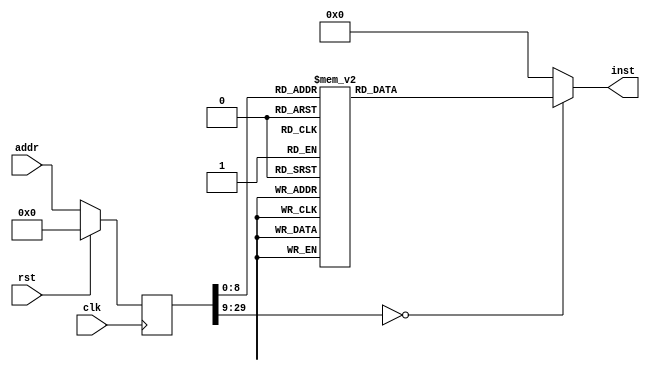
module asmtest(input clk, input rst, input [29:0] addr, output reg [31:0] inst);
reg [29:0] addr_r;
always @(posedge clk)
begin
addr_r <= (rst) ? (30'b0) : (addr);
end
always @(*)
begin
case(addr_r)
30'h00000000: inst = 32'h24170000;
30'h00000001: inst = 32'h3c168000;
30'h00000002: inst = 32'h3c158000;
30'h00000003: inst = 32'h36b50004;
30'h00000004: inst = 32'h3c148000;
30'h00000005: inst = 32'h36940008;
30'h00000006: inst = 32'h3c138000;
30'h00000007: inst = 32'h3673000c;
30'h00000008: inst = 32'h3c118000;
30'h00000009: inst = 32'h36310008;
30'h0000000a: inst = 32'h3c121000;
30'h0000000b: inst = 32'h3652100f;
30'h0000000c: inst = 32'h24170000;
30'h0000000d: inst = 32'h3c021234;
30'h0000000e: inst = 32'h34425678;
30'h0000000f: inst = 32'hafa200b8;
30'h00000010: inst = 32'hafa200bc;
30'h00000011: inst = 32'h8fa400b8;
30'h00000012: inst = 32'h00000000;
30'h00000013: inst = 32'h144400aa;
30'h00000014: inst = 32'h00000000;
30'h00000015: inst = 32'h00000000;
30'h00000016: inst = 32'h2408ffff;
30'h00000017: inst = 32'h05000004;
30'h00000018: inst = 32'h00000000;
30'h00000019: inst = 32'h080000be;
30'h0000001a: inst = 32'h00000000;
30'h0000001b: inst = 32'h00000000;
30'h0000001c: inst = 32'h19000004;
30'h0000001d: inst = 32'h00000000;
30'h0000001e: inst = 32'h080000be;
30'h0000001f: inst = 32'h00000000;
30'h00000020: inst = 32'h00000000;
30'h00000021: inst = 32'h24080001;
30'h00000022: inst = 32'h1900009b;
30'h00000023: inst = 32'h00000000;
30'h00000024: inst = 32'h1d000004;
30'h00000025: inst = 32'h00000000;
30'h00000026: inst = 32'h080000be;
30'h00000027: inst = 32'h00000000;
30'h00000028: inst = 32'h00000000;
30'h00000029: inst = 32'h1c000094;
30'h0000002a: inst = 32'h00000000;
30'h0000002b: inst = 32'h04000092;
30'h0000002c: inst = 32'h00000000;
30'h0000002d: inst = 32'h04010004;
30'h0000002e: inst = 32'h00000000;
30'h0000002f: inst = 32'h080000be;
30'h00000030: inst = 32'h00000000;
30'h00000031: inst = 32'h00000000;
30'h00000032: inst = 32'h2408ffff;
30'h00000033: inst = 32'h0501008a;
30'h00000034: inst = 32'h00000000;
30'h00000035: inst = 32'h00000000;
30'h00000036: inst = 32'h26f70001;
30'h00000037: inst = 32'h3c101234;
30'h00000038: inst = 32'h36105678;
30'h00000039: inst = 32'h3c081234;
30'h0000003a: inst = 32'h35085678;
30'h0000003b: inst = 32'h15100082;
30'h0000003c: inst = 32'h00000000;
30'h0000003d: inst = 32'h00000000;
30'h0000003e: inst = 32'h26f70001;
30'h0000003f: inst = 32'h24100078;
30'h00000040: inst = 32'h3c081234;
30'h00000041: inst = 32'h35085678;
30'h00000042: inst = 32'ha6480000;
30'h00000043: inst = 32'h00000000;
30'h00000044: inst = 32'h92480000;
30'h00000045: inst = 32'h00000000;
30'h00000046: inst = 32'h15100077;
30'h00000047: inst = 32'h00000000;
30'h00000048: inst = 32'h00000000;
30'h00000049: inst = 32'h26f70001;
30'h0000004a: inst = 32'h24105678;
30'h0000004b: inst = 32'h3c081234;
30'h0000004c: inst = 32'h35085678;
30'h0000004d: inst = 32'ha6480000;
30'h0000004e: inst = 32'h00000000;
30'h0000004f: inst = 32'h96480000;
30'h00000050: inst = 32'h00000000;
30'h00000051: inst = 32'h1510006c;
30'h00000052: inst = 32'h00000000;
30'h00000053: inst = 32'h00000000;
30'h00000054: inst = 32'h26f70001;
30'h00000055: inst = 32'h24105678;
30'h00000056: inst = 32'h3c081234;
30'h00000057: inst = 32'h35085678;
30'h00000058: inst = 32'ha6480000;
30'h00000059: inst = 32'h00000000;
30'h0000005a: inst = 32'h8e480000;
30'h0000005b: inst = 32'h00000000;
30'h0000005c: inst = 32'h15100061;
30'h0000005d: inst = 32'h00000000;
30'h0000005e: inst = 32'h00000000;
30'h0000005f: inst = 32'h26f70001;
30'h00000060: inst = 32'h24100001;
30'h00000061: inst = 32'h24080002;
30'h00000062: inst = 32'h2d08ffff;
30'h00000063: inst = 32'h1510005a;
30'h00000064: inst = 32'h00000000;
30'h00000065: inst = 32'h00000000;
30'h00000066: inst = 32'h26f70001;
30'h00000067: inst = 32'h3410edcb;
30'h00000068: inst = 32'h24081234;
30'h00000069: inst = 32'h3908ffff;
30'h0000006a: inst = 32'h15100053;
30'h0000006b: inst = 32'h00000000;
30'h0000006c: inst = 32'h00000000;
30'h0000006d: inst = 32'h26f70001;
30'h0000006e: inst = 32'h3c102345;
30'h0000006f: inst = 32'h36106780;
30'h00000070: inst = 32'h3c081234;
30'h00000071: inst = 32'h35085678;
30'h00000072: inst = 32'h00084100;
30'h00000073: inst = 32'h1510004a;
30'h00000074: inst = 32'h00000000;
30'h00000075: inst = 32'h00000000;
30'h00000076: inst = 32'h26f70001;
30'h00000077: inst = 32'h3c100123;
30'h00000078: inst = 32'h36104567;
30'h00000079: inst = 32'h3c081234;
30'h0000007a: inst = 32'h35085678;
30'h0000007b: inst = 32'h24090004;
30'h0000007c: inst = 32'h01284006;
30'h0000007d: inst = 32'h15100040;
30'h0000007e: inst = 32'h00000000;
30'h0000007f: inst = 32'h24100020;
30'h00000080: inst = 32'h24080020;
30'h00000081: inst = 32'h1510003c;
30'h00000082: inst = 32'h26f70009;
30'h00000083: inst = 32'h24100050;
30'h00000084: inst = 32'h24080000;
30'h00000085: inst = 32'h00000000;
30'h00000086: inst = 32'h01104021;
30'h00000087: inst = 32'h15100036;
30'h00000088: inst = 32'h2417000a;
30'h00000089: inst = 32'h24100030;
30'h0000008a: inst = 32'h24090050;
30'h0000008b: inst = 32'h24080020;
30'h0000008c: inst = 32'h00000000;
30'h0000008d: inst = 32'h01284023;
30'h0000008e: inst = 32'h1510002f;
30'h0000008f: inst = 32'h2417000b;
30'h00000090: inst = 32'h24100001;
30'h00000091: inst = 32'h24080001;
30'h00000092: inst = 32'h00000000;
30'h00000093: inst = 32'h24090001;
30'h00000094: inst = 32'h00000000;
30'h00000095: inst = 32'h01284024;
30'h00000096: inst = 32'h15100027;
30'h00000097: inst = 32'h2417000c;
30'h00000098: inst = 32'h24080000;
30'h00000099: inst = 32'h00000000;
30'h0000009a: inst = 32'h24091010;
30'h0000009b: inst = 32'h00000000;
30'h0000009c: inst = 32'h01284024;
30'h0000009d: inst = 32'h15000020;
30'h0000009e: inst = 32'h2417000d;
30'h0000009f: inst = 32'h24101111;
30'h000000a0: inst = 32'h24080000;
30'h000000a1: inst = 32'h00000000;
30'h000000a2: inst = 32'h24091111;
30'h000000a3: inst = 32'h00000000;
30'h000000a4: inst = 32'h01094025;
30'h000000a5: inst = 32'h15100018;
30'h000000a6: inst = 32'h2417000e;
30'h000000a7: inst = 32'h24080000;
30'h000000a8: inst = 32'h24090000;
30'h000000a9: inst = 32'h00000000;
30'h000000aa: inst = 32'h01094025;
30'h000000ab: inst = 32'h15000012;
30'h000000ac: inst = 32'h2417000f;
30'h000000ad: inst = 32'h24170010;
30'h000000ae: inst = 32'h24100001;
30'h000000af: inst = 32'h24080001;
30'h000000b0: inst = 32'h24090000;
30'h000000b1: inst = 32'h01284026;
30'h000000b2: inst = 32'h1510000b;
30'h000000b3: inst = 32'h00000000;
30'h000000b4: inst = 32'h24100001;
30'h000000b5: inst = 32'h24170015;
30'h000000b6: inst = 32'h24080001;
30'h000000b7: inst = 32'h0008402b;
30'h000000b8: inst = 32'h16080005;
30'h000000b9: inst = 32'h00000000;
30'h000000ba: inst = 32'h26f70016;
30'h000000bb: inst = 32'h0000402b;
30'h000000bc: inst = 32'h15000001;
30'h000000bd: inst = 32'h00000000;
30'h000000be: inst = 32'ha2370000;
30'h000000bf: inst = 32'ha2200000;
30'h000000c0: inst = 32'h401a6800;
30'h000000c1: inst = 32'h401b6000;
30'h000000c2: inst = 32'h00000000;
30'h000000c3: inst = 32'h337bfc00;
30'h000000c4: inst = 32'h035bd024;
30'h000000c5: inst = 32'h335b8000;
30'h000000c6: inst = 32'h1760000d;
30'h000000c7: inst = 32'h00000000;
30'h000000c8: inst = 32'h335b4000;
30'h000000c9: inst = 32'h17600016;
30'h000000ca: inst = 32'h00000000;
30'h000000cb: inst = 32'h335b0800;
30'h000000cc: inst = 32'h1760001f;
30'h000000cd: inst = 32'h00000000;
30'h000000ce: inst = 32'h335b0400;
30'h000000cf: inst = 32'h17600038;
30'h000000d0: inst = 32'h00000000;
30'h000000d1: inst = 32'h08000126;
30'h000000d2: inst = 32'h00000000;
30'h000000d3: inst = 32'h00000000;
30'h000000d4: inst = 32'h401a6800;
30'h000000d5: inst = 32'h00000000;
30'h000000d6: inst = 32'h335a7ffe;
30'h000000d7: inst = 32'h409a6800;
30'h000000d8: inst = 32'h00000000;
30'h000000d9: inst = 32'h401a1000;
30'h000000da: inst = 32'h3c1b02fa;
30'h000000db: inst = 32'h377bf080;
30'h000000dc: inst = 32'h037ad020;
30'h000000dd: inst = 32'h409a1000;
30'h000000de: inst = 32'h08000126;
30'h000000df: inst = 32'h00000000;
30'h000000e0: inst = 32'h401a6800;
30'h000000e1: inst = 32'h00000000;
30'h000000e2: inst = 32'h335abffe;
30'h000000e3: inst = 32'h409a6800;
30'h000000e4: inst = 32'h3c1ac100;
30'h000000e5: inst = 32'h375a000c;
30'h000000e6: inst = 32'h8f5b0000;
30'h000000e7: inst = 32'h00000000;
30'h000000e8: inst = 32'h277b0001;
30'h000000e9: inst = 32'haf5b0000;
30'h000000ea: inst = 32'h08000126;
30'h000000eb: inst = 32'h00000000;
30'h000000ec: inst = 32'h401a6800;
30'h000000ed: inst = 32'h00000000;
30'h000000ee: inst = 32'h335af7fe;
30'h000000ef: inst = 32'h409a6800;
30'h000000f0: inst = 32'h3c1ac100;
30'h000000f1: inst = 32'h375a0004;
30'h000000f2: inst = 32'h8f5b0000;
30'h000000f3: inst = 32'h275a0004;
30'h000000f4: inst = 32'h8f5a0000;
30'h000000f5: inst = 32'h00000000;
30'h000000f6: inst = 32'h137a002f;
30'h000000f7: inst = 32'h00000000;
30'h000000f8: inst = 32'h3c1ac100;
30'h000000f9: inst = 32'h375a0008;
30'h000000fa: inst = 32'h8f5b0000;
30'h000000fb: inst = 32'h00000000;
30'h000000fc: inst = 32'h277b0001;
30'h000000fd: inst = 32'haf5b0000;
30'h000000fe: inst = 32'h3c1ac100;
30'h000000ff: inst = 32'h375a0004;
30'h00000100: inst = 32'h8f5b0000;
30'h00000101: inst = 32'h275a017c;
30'h00000102: inst = 32'h035bd020;
30'h00000103: inst = 32'h8f5a0000;
30'h00000104: inst = 32'h3c1b8000;
30'h00000105: inst = 32'h377b0008;
30'h00000106: inst = 32'h08000126;
30'h00000107: inst = 32'haf7a0000;
30'h00000108: inst = 32'h401a6800;
30'h00000109: inst = 32'h00000000;
30'h0000010a: inst = 32'h335afbfe;
30'h0000010b: inst = 32'h409a6800;
30'h0000010c: inst = 32'haf5b0000;
30'h0000010d: inst = 32'h3c1a8000;
30'h0000010e: inst = 32'h375a000c;
30'h0000010f: inst = 32'h8f5a0000;
30'h00000110: inst = 32'h341b0064;
30'h00000111: inst = 32'h135b0008;
30'h00000112: inst = 32'h00000000;
30'h00000113: inst = 32'h277b0001;
30'h00000114: inst = 32'h135b000b;
30'h00000115: inst = 32'h00000000;
30'h00000116: inst = 32'h3c1bc100;
30'h00000117: inst = 32'haf7a0000;
30'h00000118: inst = 32'h08000126;
30'h00000119: inst = 32'h00000000;
30'h0000011a: inst = 32'h401a6000;
30'h0000011b: inst = 32'h00000000;
30'h0000011c: inst = 32'h335a7ffe;
30'h0000011d: inst = 32'h409a6000;
30'h0000011e: inst = 32'h08000126;
30'h0000011f: inst = 32'h00000000;
30'h00000120: inst = 32'h401a6000;
30'h00000121: inst = 32'h00000000;
30'h00000122: inst = 32'h335abffe;
30'h00000123: inst = 32'h409a6000;
30'h00000124: inst = 32'h08000126;
30'h00000125: inst = 32'h00000000;
30'h00000126: inst = 32'h401b6000;
30'h00000127: inst = 32'h00000000;
30'h00000128: inst = 32'h377b0001;
30'h00000129: inst = 32'h401a7000;
30'h0000012a: inst = 32'h00000000;
30'h0000012b: inst = 32'h03400008;
30'h0000012c: inst = 32'h00000000;
30'h0000012d: inst = 32'h409b6000;
default:      inst = 32'h00000000;
endcase
end
endmodule